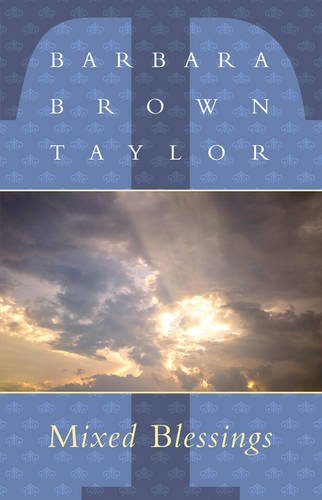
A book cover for Mixed Blessings; Barbara Brown Taylor; Christian Books & Bibles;